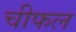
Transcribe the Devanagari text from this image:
चीफल